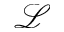
\mathcal { L }